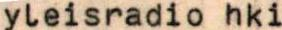
yleisradio hki